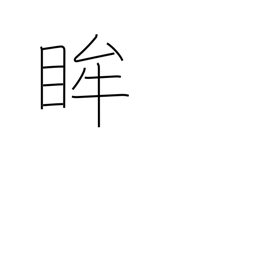
Meaning: pupil of the eye